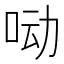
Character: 𰇖